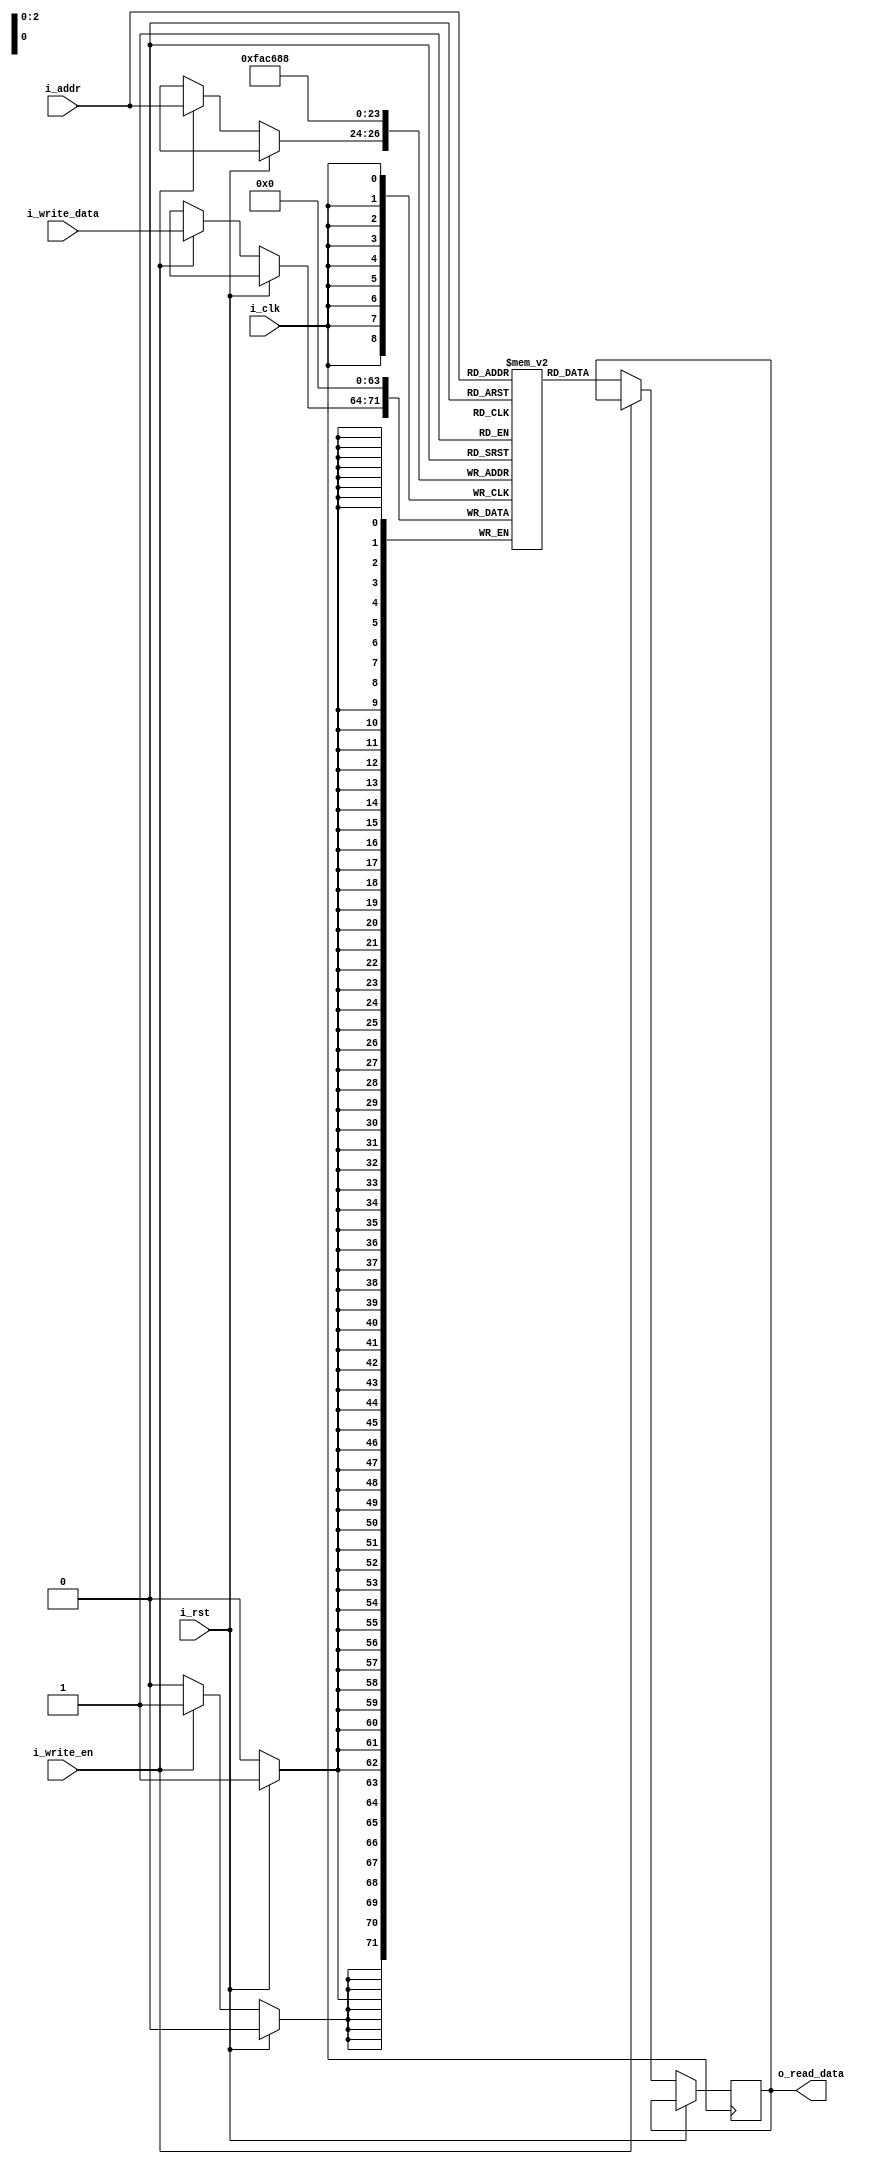
`timescale 1ns / 1ps
//////////////////////////////////////////////////////////////////////////////////
module ram(i_clk, i_rst, i_write_en, i_addr, i_write_data, o_read_data);
    input i_clk, i_rst, i_write_en;
    input [2:0] i_addr;
    input [7:0] i_write_data;
    output reg [7:0] o_read_data;
    reg [7:0] mem [0:7];
    
    always @ (posedge i_clk) begin
        if(i_rst) begin
            mem[0]<= 8'b0;
            mem[1]<= 8'b0;
            mem[2]<= 8'b0;
            mem[3]<= 8'b0;
            mem[4]<= 8'b0;
            mem[5]<= 8'b0;
            mem[6]<= 8'b0;
            mem[7]<= 8'b0;
        end 
        else begin
            if(i_write_en)
                mem[i_addr] <= i_write_data;
            else
                o_read_data <= mem[i_addr];
            end
        end
            
endmodule

module rom(ROM_data, ROM_addr);
    output reg [3:0] ROM_data;
    input[2:0] ROM_addr;
    always @ (ROM_addr) begin
        case (ROM_addr)
         3'd0: ROM_data = 4'b0000;
         3'd1: ROM_data = 4'b1100;
         3'd2: ROM_data = 4'b0110;
         3'd3: ROM_data = 4'b0111;
         3'd4: ROM_data = 4'b1000;
         3'd5: ROM_data = 4'b0001;
         3'd6: ROM_data = 4'b1101;
         3'd7: ROM_data = 4'b1110;
    endcase
  end
endmodule

module seq_multiplier(a,b,product);

    input [3:0] a,b;
    wire [3:0]m0;
    wire [4:0]m1;
    wire [5:0]m2;
    wire [6:0]m3;
    
    wire [7:0] s1,s2,s3;
    output [7:0] product;
    
    assign m0 = {4{a[0]}} & b[3:0];
    assign m1 = {4{a[1]}} & b[3:0];
    assign m2 = {4{a[2]}} & b[3:0];
    assign m3 = {4{a[3]}} & b[3:0];
    
    
    assign s1 = m0 + (m1<<1);
    assign s2 = s1 + (m2<<2);
    assign s3 = s2 + (m3<<3);
    assign product = s3;
    
endmodule

module lab11(

    );
endmodule

module RF(A, B, SA, SB, D, DA, W, rst, clk);
	output [3:0]A; // A bus
	output [3:0]B; // B bus
	input SA; // Select A - A Address
	input SB; // Select B - B Address
	input [3:0]D; // Data input
	input DA; // Data destination address
	input W; // write enable
	input rst; // positive logic asynchronous reset
	input clk;
	
	wire [1:0]load_enable;
	wire [3:0]R00, R01;
	
	
	Decoder1to2 decoder (load_enable, DA, W);
	RegisterNbit reg00 (D,R00,load_enable[0], rst, clk); //D-in, R00-out
	RegisterNbit reg01 (D,R01,load_enable[1], rst, clk);
	Mux2to1Nbit muxA (A,R00, R01, SA);
	Mux2to1Nbit muxB (B,R00, R01,SB); 

endmodule

module RegisterNbit(D, Q,  L, R, clock);
	parameter N = 4; // number of bits
	output reg [N-1:0]Q; // registered output
	input [N-1:0]D; // data input
	input L; // load enable
	input R; // positive logic asynchronous reset
	input clock; // positive edge clock
	
	always @(posedge clock or posedge R) begin
		if(R)
			Q <= 0;
		else if(L)
			Q <= D;
		else
			Q <= Q;
	end
endmodule

module Decoder1to2(m, S, en);
	input S; // select
	input en; // enable (positive logic)
	output [1:0]m; // 32 minterms
	
	assign m[0] = ~S&en;
	assign m[1] = S&en;
	
endmodule

module Mux2to1Nbit(o, i1,i2, s);
   input [3:0] i1,i2;
   input  s;
   output reg  [3:0] o;
 
always @(s or i1 or i2)
begin
   case (s)
      1'b0 : o = i1;
      1'b1 : o = i2;
      default : o = 4'b0;
   endcase
end
endmodule

module cu ( 
input clk, reset,
  input [2:0] adr1,
  input [2:0] adr2,
  output reg w_rf,
  output reg [2:0] adr,
  output reg DA,SA,SB,
  output reg [3:0] st_out,
  output reg w_ram // [2:0]
);
  
parameter S0_idle = 0 , S1_send_adr1 = 1 , S2_send_adr2 = 2 ,S3_multiply = 3 ,S4_write_ram =
4,S5_read_ram=5 ;
reg [3:0] PS,NS ;
always@(posedge clk or posedge reset)
    begin
    if(reset)
        PS <=S0_idle;
    else
        PS <= NS ;
    end

always@(*)
    begin
    case(PS)
    
        S0_idle:begin
        NS = S1_send_adr1;
        w_rf <= 0;
        w_ram <= 1'b0;
        st_out <= S0_idle;
    end

S1_send_adr1:begin
    w_rf <= 1'b1;
    adr<= adr1;
    DA <=1'b0;
    SA <=1'b0;
    SB <=1'b1;
    st_out <= S1_send_adr1;
    NS <= S2_send_adr2;
end

S2_send_adr2:begin
    w_rf <= 1'b1;
    adr<= adr2;
    NS <= S3_multiply;
    DA <=1'b1;
    SA <=1'b0;
    SB <=1'b1;
    st_out <= S2_send_adr2;

end

S3_multiply: begin
    NS <= S4_write_ram;
    st_out <= S3_multiply;
    w_ram<= 1'b1;
end

S4_write_ram: begin
    st_out <= S4_write_ram;
    NS <= S5_read_ram;
end

S5_read_ram: begin
    w_ram<= 1'b0;
    st_out <= S5_read_ram;
    if(!reset) begin
        NS <= S5_read_ram;
    end
    else begin
        NS <= S0_idle;
    end
    end
    endcase
end
endmodule

module Multiplier_top(clk,rst,adr1_r,adr2_r,adr_ram,result,st_out);
output [7:0]result;
output [3:0] st_out; //could be 1 bit
input clk,rst;
input [2:0]adr1_r,adr2_r,adr_ram;
wire write, DA, SA, SB, w_r;
wire [2:0] rom_adr;
wire [3:0] rom_data, data1, data2;
wire [7:0] product;


rom uut1(.ROM_data(rom_data), .ROM_addr(rom_adr));
//  output reg [3:0] ROM_data;
//    input[2:0] ROM_addr;

cu uut4(.clk(clk), .reset(rst), .adr1(adr1_r), .adr2(adr2_r), .w_rf(write)
,.adr(rom_adr), .DA(DA), .SA(SA), .SB(SB), .st_out(st_out), .w_ram(w_r));
//input clk, reset,
//  input [2:0] adr1,
//  input [2:0] adr2,
//  output reg w_rf,
//  output reg [2:0] adr,
//  output reg DA,SA,SB,
//  output reg [3:0] st_out,
//  output reg w_ram // [2:0]

RF uut5(.A(data1), .B(data2), .SA(SA), .SB(SB), .D(rom_data), .DA(DA), .W(write), .rst(rst), .clk(clk)); 
//output [3:0]A; // A bus
//	output [3:0]B; // B bus
//	input SA; // Select A - A Address
//	input SB; // Select B - B Address
//	input [3:0]D; // Data input
//	input DA; // Data destination address
//	input W; // write enable
//	input rst; // positive logic asynchronous reset
//	input clk;

seq_multiplier uut2(.a(data1), .b(data2), .product(product)); //Use combinational -1 from the slide


ram uut3(.i_clk(clk), .i_rst(rst), .i_write_en(w_r), .i_addr(adr_ram), .i_write_data(product), .o_read_data(result));
//  input i_clk, i_rst, i_write_en;
//    input [2:0] i_addr;
//    input [7:0] i_write_data;
//    output reg [7:0] o_read_data;

endmodule